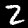
Digit: 2